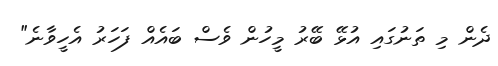
ދެން މި ތަނުގައި އުޅޭ ބޭރު މީހުން ވެސް ބައެއް ފަހަރު އެހީވާނެ"